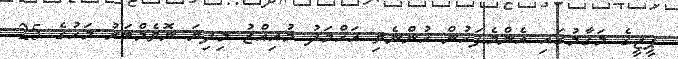
ޕީޖީގެ މަގާމުގައި އެންމެފަހުން ހުންނެވި އަހްމަދު މުއިއްޒު މިދިޔަ ނޮވެމްބަރު މަހުގެ 25